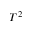
T ^ { 2 }